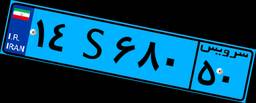
۱۴S۶۸۰۵۰